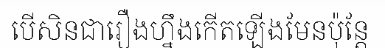
បើសិនជារឿងហ្នឹងកើតឡើងមែនប៉ុន្តែ